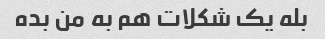
بله یک شکلات هم به من بده